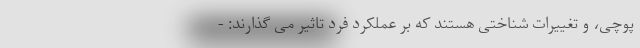
پوچی، و تغییرات شناختی هستند که بر عملکرد فرد تاثیر می گذارند: -